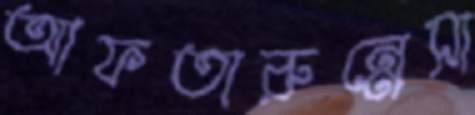
আফতারুন্নেসা